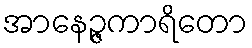
အာနေဉ္ဇကာရိတော